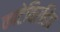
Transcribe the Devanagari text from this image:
काटेविरहित